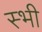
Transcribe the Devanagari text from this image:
स्भी